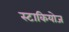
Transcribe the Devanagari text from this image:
स्टाकियोज